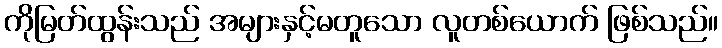
ကိုမြတ်ထွန်းသည် အများနှင့်မတူသော လူတစ်ယောက် ဖြစ်သည်။